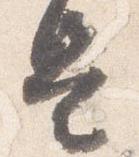
是